Annual report of the Imperial Bacteriologist
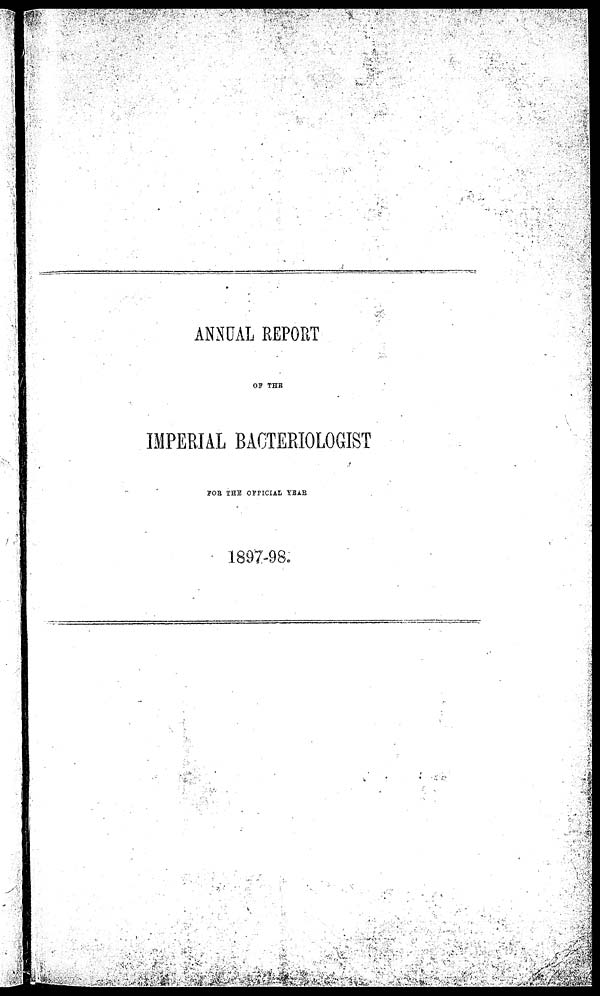
ANNUAL REPORT
OF THE
IMPERIAL BACTERIOLOGIST
FOR THE OFFICIAL YEAR
1897-98.